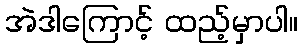
အဲဒါကြောင့် ထည့်မှာပါ။